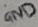
Text: GND